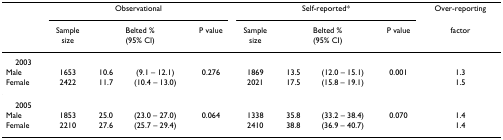
|  | <COLSPAN=4> Observational | <COLSPAN=4> Self-reported* | Over-reporting |
 |  | Sample size | <COLSPAN=2> Belted % (95% CI) | P value | Sample size | <COLSPAN=2> Belted % (95% CI) | P value | factor |
 | --- | --- | --- | --- | --- | --- | --- | --- | --- | --- |
 | 2003 |  |  |  |  |  |  |  |  |  |
 | Male | 1653 | 10.6 | (9.1 – 12.1) | 0.276 | 1869 | 13.5 | (12.0 – 15.1) | 0.001 | 1.3 |
 | Female | 2422 | 11.7 | (10.4 – 13.0) |  | 2021 | 17.5 | (15.8 – 19.1) |  | 1.5 |
 | 2005 |  |  |  |  |  |  |  |  |  |
 | Male | 1853 | 25.0 | (23.0 – 27.0) | 0.064 | 1338 | 35.8 | (33.2 – 38.4) | 0.070 | 1.4 |
 | Female | 2210 | 27.6 | (25.7 – 29.4) |  | 2410 | 38.8 | (36.9 – 40.7) |  | 1.4 |